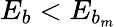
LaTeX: E_{b}<E_{b_{m}}